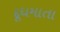
દૂધમાતા